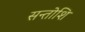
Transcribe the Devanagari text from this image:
सन्तोशि